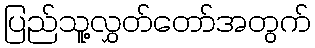
ပြည်သူ့လွှတ်တော်အတွက်